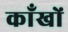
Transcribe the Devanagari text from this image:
काँखों